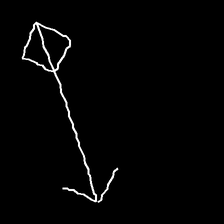
Glyph: focus